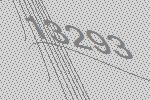
13293